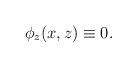
LaTeX: \begin{align*}\phi_z(x, z) \equiv 0.\end{align*}